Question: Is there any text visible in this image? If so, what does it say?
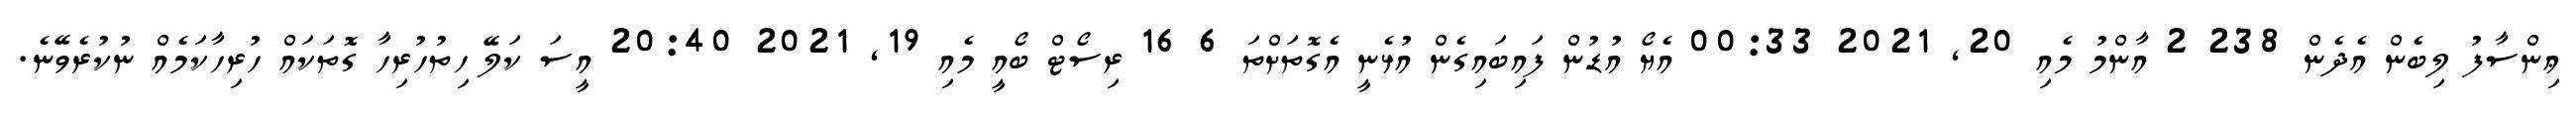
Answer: ޢިންސާފު ލިބެން އެދެން 238 2 އާންމު މެއި 20, 2021 00:33 އެޔޯ އުޑުން ފައިބައިގެން އުޅެނީ އެގޮތަށްތަ 6 16 ރިސޯޓް ބޯއީ މެއި 19, 2021 20:40 އީސަ ކަލޭ ހިތުހުރިހާ ގޮތަކައް ހުރިހާކަމެއް ނުކުރެވޭނެ.